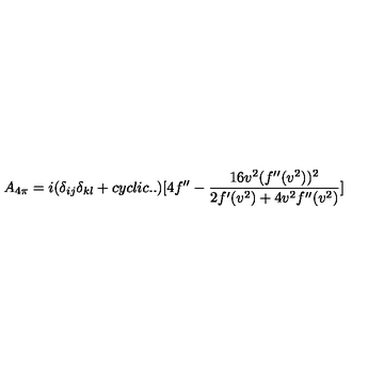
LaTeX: A _ { 4 \pi } = i ( \delta _ { i j } \delta _ { k l } + c y c l i c . . ) [ 4 f ^ { \prime \prime } - { \frac { 1 6 v ^ { 2 } ( f ^ { \prime \prime } ( v ^ { 2 } ) ) ^ { 2 } } { 2 f ^ { \prime } ( v ^ { 2 } ) + 4 v ^ { 2 } f ^ { \prime \prime } ( v ^ { 2 } ) } } ]